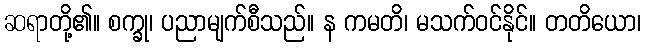
ဆရာတို့၏။ စက္ခု၊ ပညာမျက်စီသည်။ န ကမတိ၊ မသက်ဝင်နိုင်။ တတိယော၊